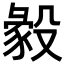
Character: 𣪴